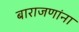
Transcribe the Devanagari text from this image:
बाराजणांना